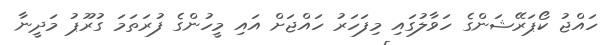
ހައްޖު ކޯޕަރޭޝަންގެ ހަވާލުގައި މިފަހަރު ހައްޖަށް އައި މީހުންގެ ފުރަތަމަ ގުރޫޕު މަދީނާ